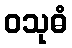
ဝသုဓံ